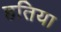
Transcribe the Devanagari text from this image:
हतिया